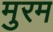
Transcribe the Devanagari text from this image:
मुरम